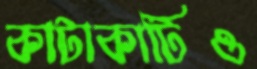
কাটাকাটিও